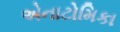
એનાટોમિકા